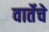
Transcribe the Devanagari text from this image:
वार्तेचे